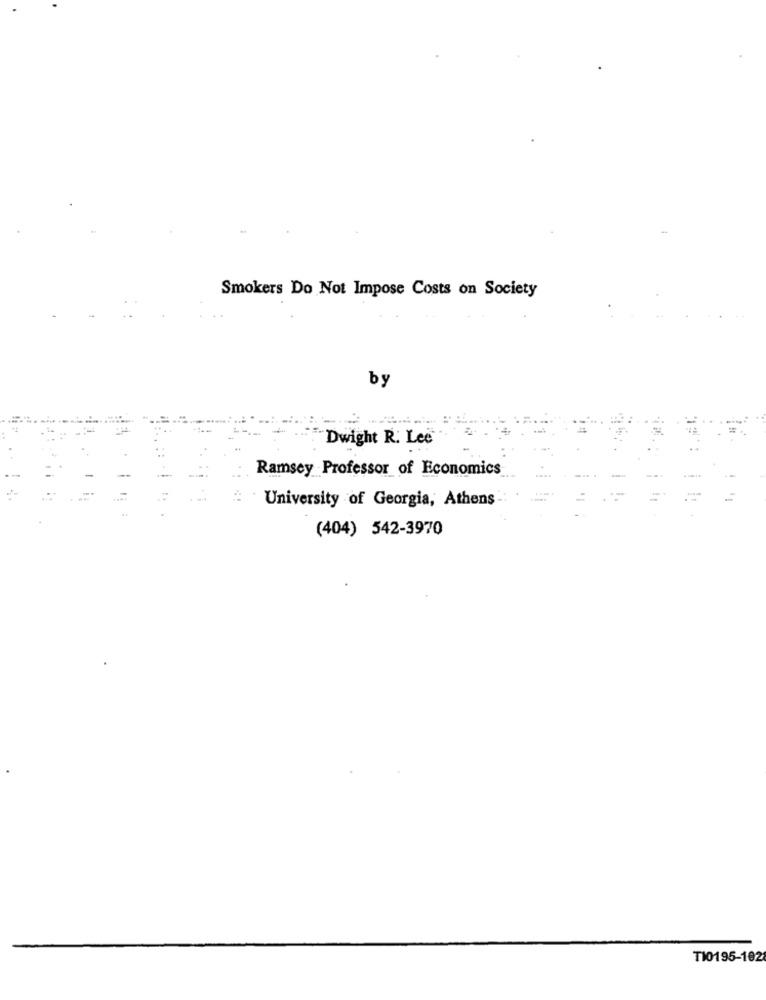
Smokers Do Not Impose Costs on Society
by
Dwight R. Lee
Ramsey Professor of Economics
University of Georgia, Athens
(404) 542-3970
TI0195-102